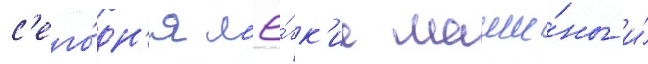
с'его́дн'я л'ё́гк'ие маши́ны и́